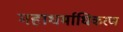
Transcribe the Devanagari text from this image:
महाधर्माधिकरण